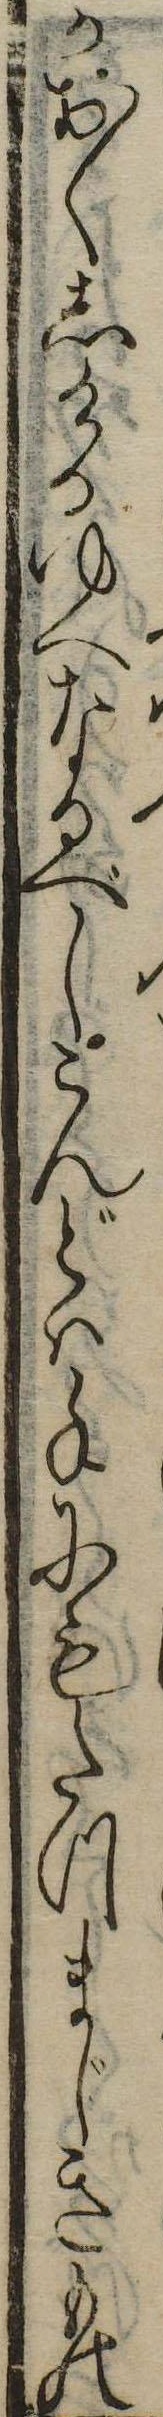
かおくしけるゆへなるべしこんどは手にもたつまじきもの